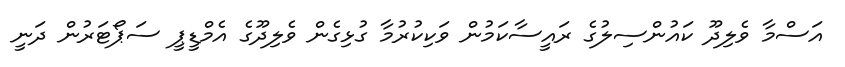
އަސްމާ ވެލިދޫ ކައުންސިލުގެ ރައީސާކަމުން ވަކިކުރުމާ ގުޅިގެން ވެލިދޫގެ އެމްޑީޕީ ސަޕޯޓަރުން ދަނީ